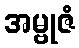
အမ္ဗုဇံ